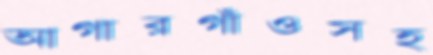
আগারগাঁওসহ